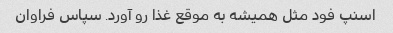
اسنپ فود مثل همیشه به موقع غذا رو آورد. سپاس فراوان